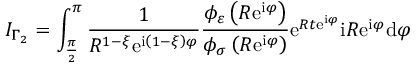
I _ { \Gamma _ { 2 } } = \int _ { \frac { \pi } { 2 } } ^ { \pi } \frac { 1 } { R ^ { 1 - \xi } \mathrm { e } ^ { \mathrm { i } \left( 1 - \xi \right) \varphi } } \frac { \phi _ { \varepsilon } \left( R \mathrm { e } ^ { \mathrm { i } \varphi } \right) } { \phi _ { \sigma } \left( R \mathrm { e } ^ { \mathrm { i } \varphi } \right) } \mathrm { e } ^ { R t \mathrm { e } ^ { \mathrm { i } \varphi } } \mathrm { i } R \mathrm { e } ^ { \mathrm { i } \varphi } \mathrm { d } \varphi